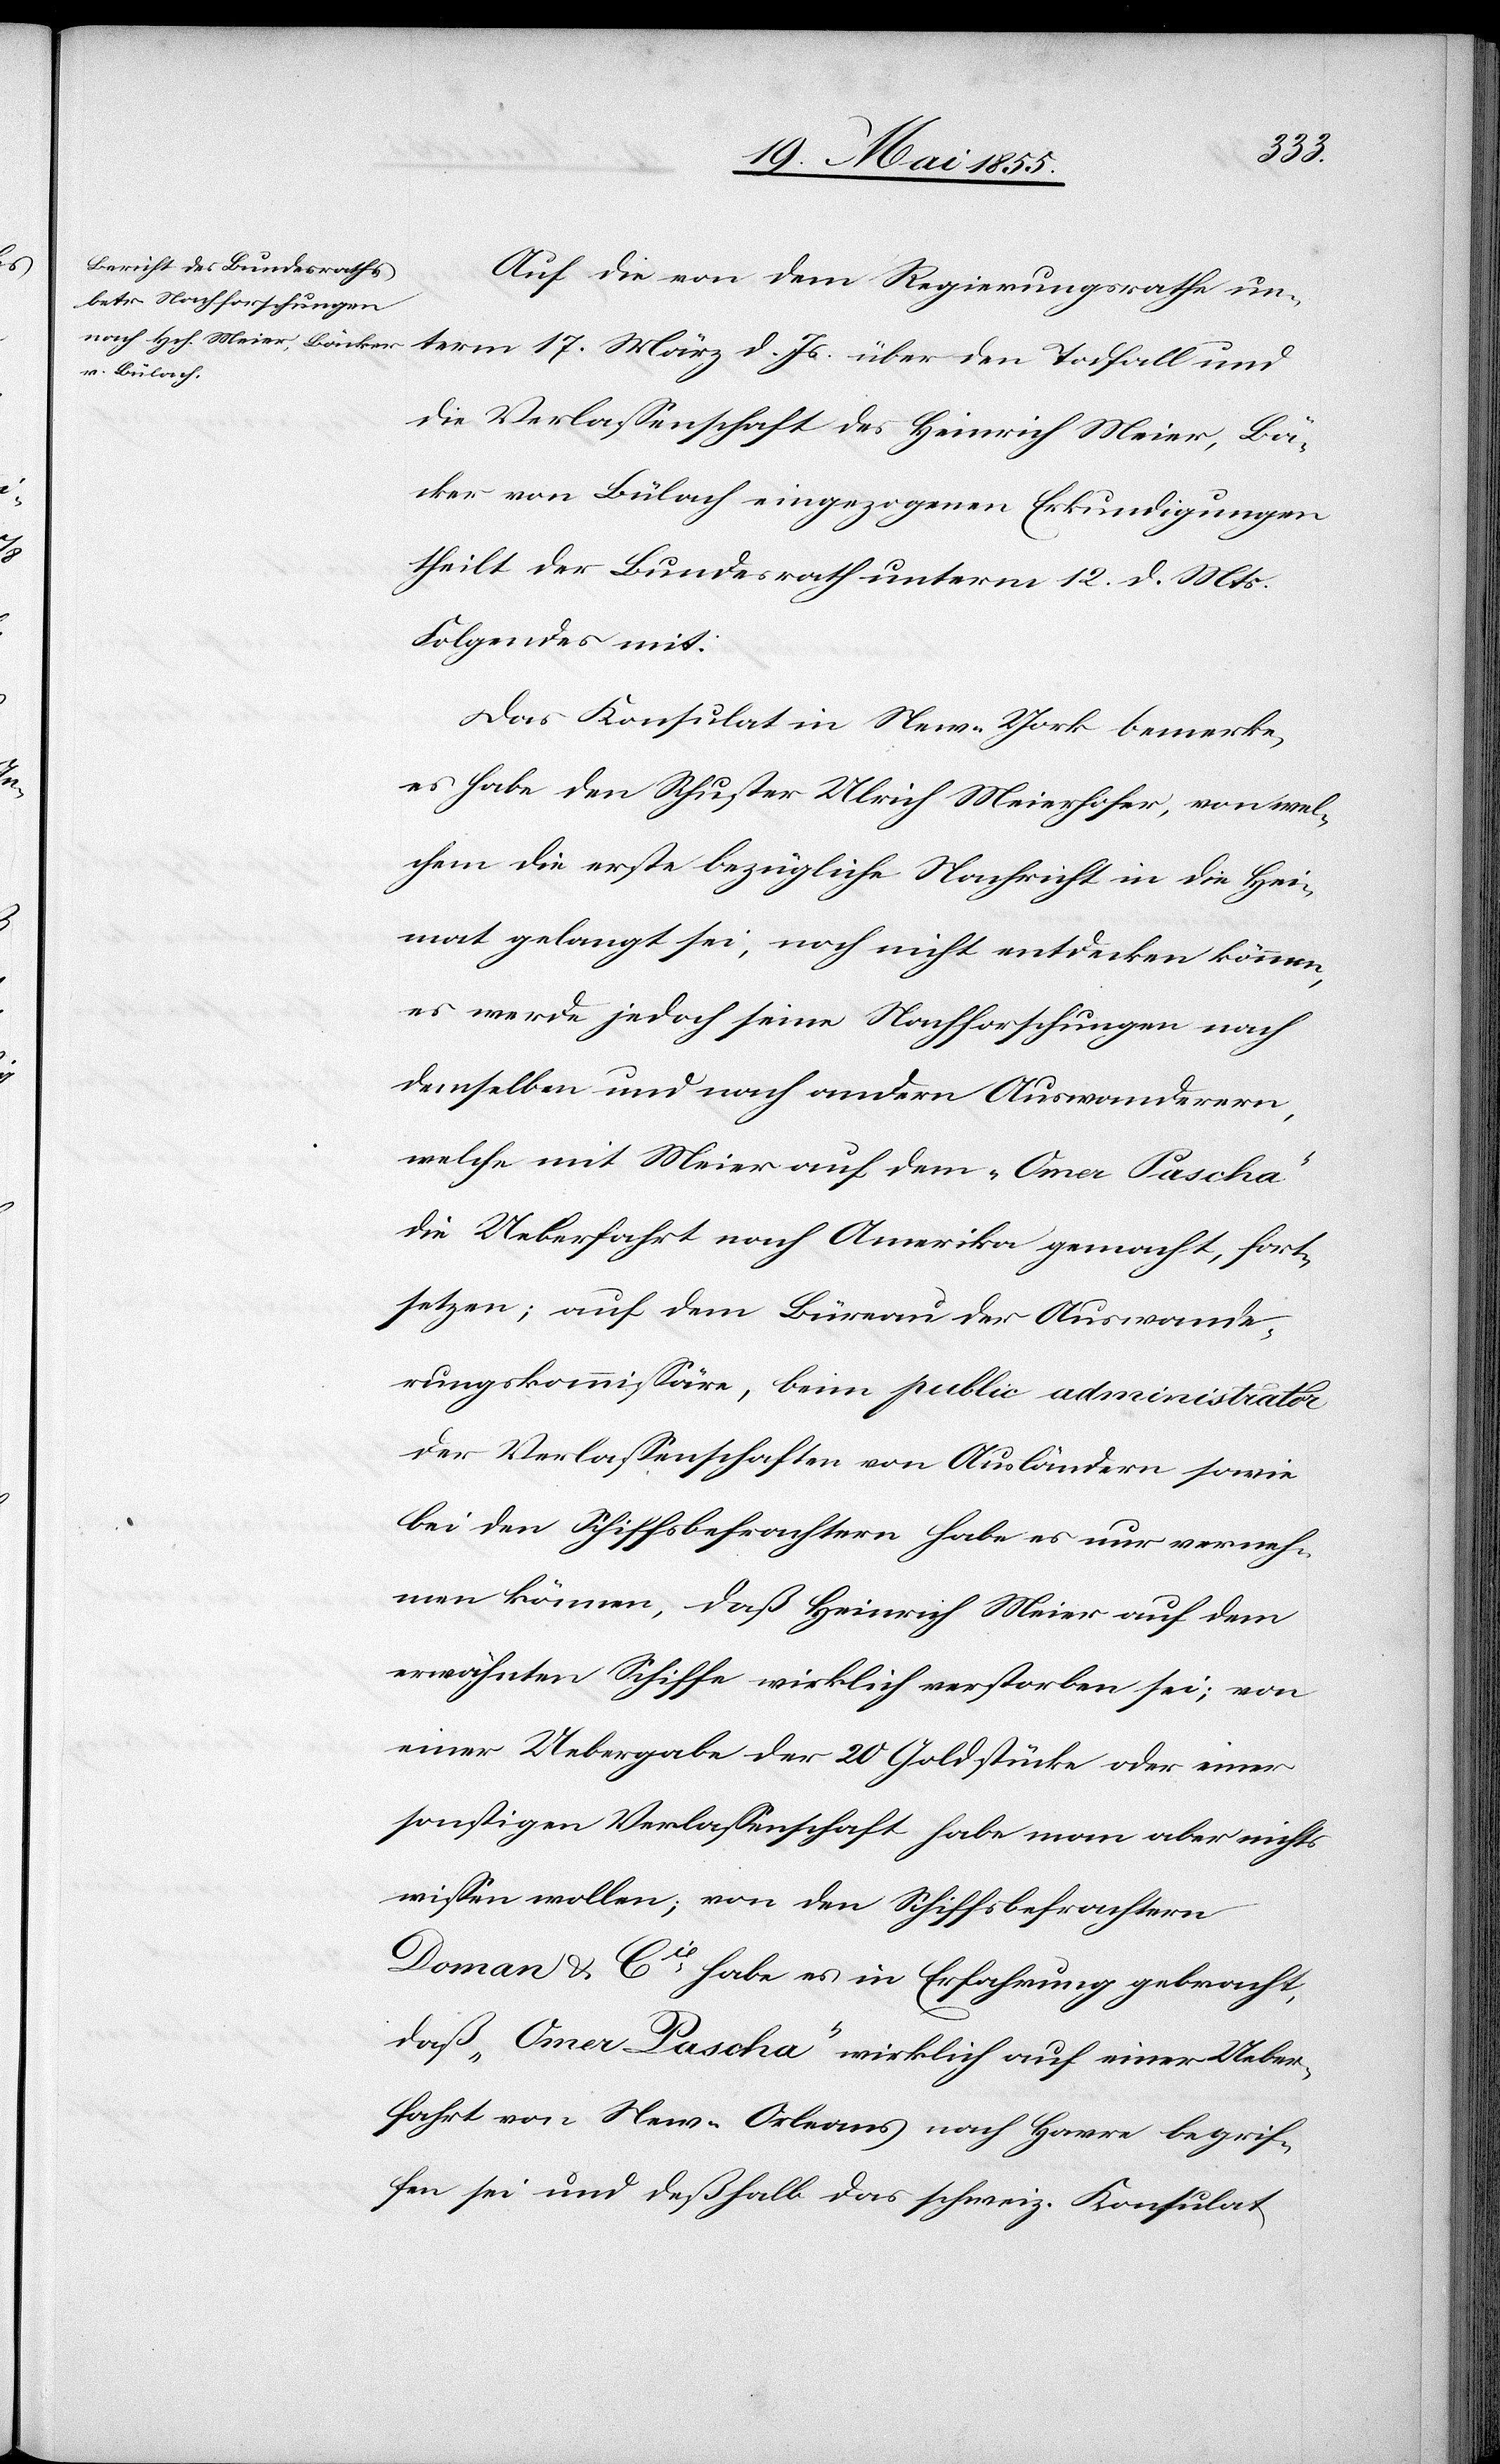
Auf die von dem Regierungsrathe un¬
term 17. März d. Js. über den Todfall und
die Verlassenschaft des Heinrich Meier, Bä¬
cker von Bülach eingezogenen Erkundigungen
theilt der Bundesrath unterm 12. d. Mts.
Folgendes mit:
Das Konsulat in New-York bemerke,
es habe den Schuster Ulrich Meierhofer, von wel¬
chem die erste bezügliche Nachricht in die Hei¬
mat gelangt sei, noch nicht entdecken können,
es werde jedoch seine Nachforschungen nach
demselben und nach andern Auswanderern,
welche mit Meier auf dem „Omer Pascha“
die Ueberfahrt nach Amerika gemacht, fort¬
setzen; auf dem Büreau der Auswande¬
rungskommissäre, beim public administrator
der Verlassenschaften von Ausländern sowie
bei den Schiffsbefrachtern habe es nur verneh¬
men können, daß Heinrich Meier auf dem
erwähnten Schiffe wirklich verstorben sei; von
einer Uebergabe der 20 Goldstücke oder einer
sonstigen Verlassenschaft habe man aber nichts
wissen wollen; von den Schiffsbefrachtern
Doman & Cie habe es in Erfahrung gebracht,
daß „Omer Pascha“ wirklich auf einer Ueber¬
fahrt von New-Orleans nach Havre begrof¬
fen sei und deßhalb das schweiz. Konsulat